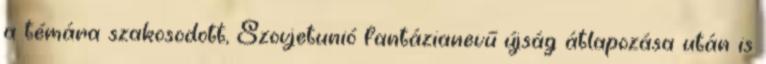
a témára szakosodott, Szovjetunió fantázianevű újság átlapozása után is